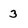
Character: 3